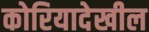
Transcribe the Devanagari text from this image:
कोरियादेखील